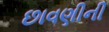
છાવણીની